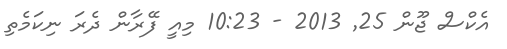
އެކްސް ޖޫން 25